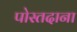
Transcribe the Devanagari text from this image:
पोस्तदाना